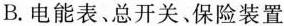
B.电能表、总开关、保险装置